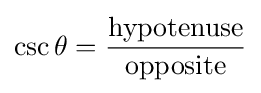
\csc \theta ={\frac {\mathrm {hypotenuse} }{\mathrm {opposite} }}